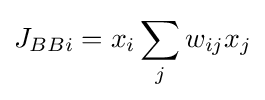
J_{BBi}=x_{i}\sum _{j}w_{ij}x_{j}